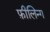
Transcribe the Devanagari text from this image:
फ़ीलिन्ग